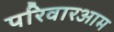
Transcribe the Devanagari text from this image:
परिवारआम